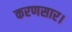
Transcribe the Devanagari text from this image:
करणसार।